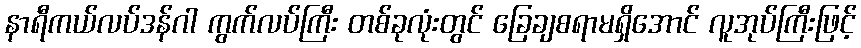
နာရီကယ်လပ်ဒန်ဂါ ကွက်လပ်ကြီး တစ်ခုလုံးတွင် ခြေချစရာမရှိအောင် လူအုပ်ကြီးဖြင့်